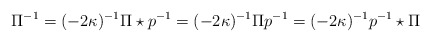
\begin{align*}\Pi^{-1} = (-2\kappa)^{-1} \Pi\star p^{-1} = (-2\kappa)^{-1}\Pi p^{-1}= (-2\kappa)^{-1} p^{-1}\star \Pi\end{align*}